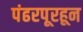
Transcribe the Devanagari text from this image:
पंढरपूरहून